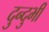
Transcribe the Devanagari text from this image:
दुन्दुभी